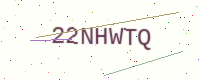
Text: 22NHWTQ